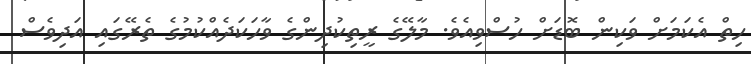
ހިތް އެކަމަށް ވަކިން ބޮޑަށް ހުސްވިއެވެ. މާލޭގެ ރީތިކުދިންގެ ވާހަކަދެއްކުމުގެ ތެރޭގައި އަދިވެސް